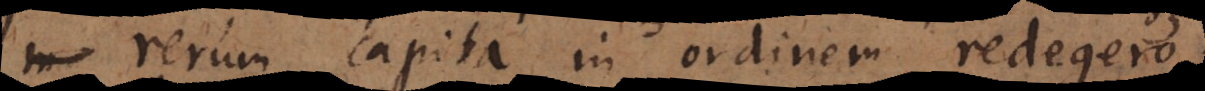
rerum capita in ordinem redegero;